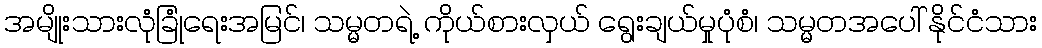
အမျိုးသားလုံခြုံရေးအမြင်၊ သမ္မတရဲ့ ကိုယ်စားလှယ် ရွေးချယ်မှုပုံစံ၊ သမ္မတအပေါ် နိုင်ငံသား